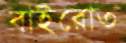
বাইরোত